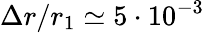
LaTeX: \Delta r/r_{1}\simeq 5\cdot 10^{-3}